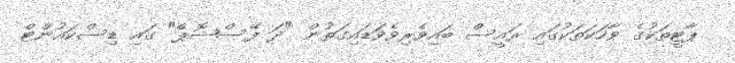
ޕާޓީތަކުގެ ވާހަކަތަކުގައި ރައީސް ބައިވެރިވެވަޑައިގަތުން "ދަ ފޭސްޝޮޕް" ގައި ޑިސްކައުންޓް